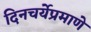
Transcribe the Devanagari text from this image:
दिनचर्येप्रमाणे